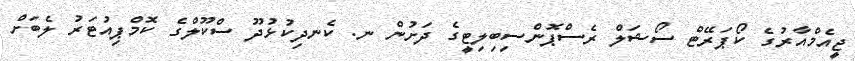
ޖީއެމްއާރުގެ ކޯޕަރޭޓް ސޯޝަލް ރެސްޕޮންސިބިލިޓީގެ ދަށުން ނ. ކެނދިކުޅުދޫ ސްކޫލްގެ ކޮމްޕިއުޓަރު ލެބަށް